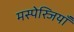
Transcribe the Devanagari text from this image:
मस्पेस्जियाँ